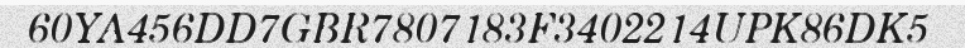
60YA456DD7GBR7807183F3402214UPK86DK5